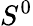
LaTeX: S^{0}